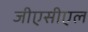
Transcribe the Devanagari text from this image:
जीएसीएल